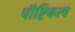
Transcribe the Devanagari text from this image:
पौष्टिकत्व